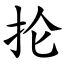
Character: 抡